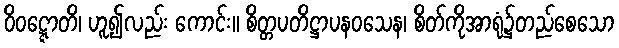
ဝိဝဋ္ဋောတိ၊ ဟူ၍လည်း ကောင်း။ စိတ္တပတိဋ္ဌာပနဝသေန၊ စိတ်ကိုအာရုံ၌တည်စေသော